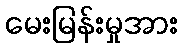
မေးမြန်းမှုအား